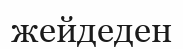
жейдеден